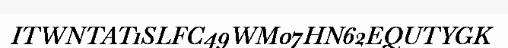
ITWNTAT1SLFC49WM07HN62EQUTYGK